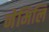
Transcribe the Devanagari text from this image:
नेमिलि